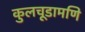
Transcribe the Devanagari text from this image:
कुलचूडामणि